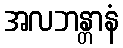
အလဘန္တာနံ